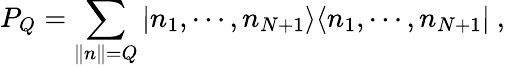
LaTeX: P_{Q}=\sum_{\| n\| =Q}\vert n_{1},\cdots,n_{N+1}\rangle\langle n_{1},\cdots,n_{N+1}\vert\ ,